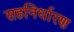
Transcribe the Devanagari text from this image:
सहनिर्धारण